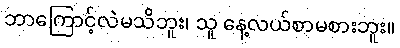
ဘာကြောင့်လဲမသိဘူး၊ သူ နေ့လယ်စာမစားဘူး။